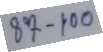
87 - 100